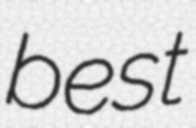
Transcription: best